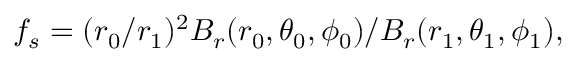
f _ { s } = ( r _ { 0 } / r _ { 1 } ) ^ { 2 } B _ { r } ( r _ { 0 } , \theta _ { 0 } , \phi _ { 0 } ) / B _ { r } ( r _ { 1 } , \theta _ { 1 } , \phi _ { 1 } ) ,